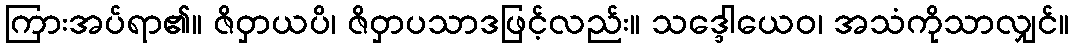
ကြားအပ်ရာ၏။ ဇိဝှာယပိ၊ ဇိဝှာပသာဒဖြင့်လည်း။ သဒ္ဒေါယေဝ၊ အသံကိုသာလျှင်။